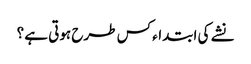
نشے کی ابتداء کس طرح ہوتی ہے ؟